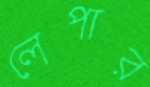
লেপার